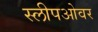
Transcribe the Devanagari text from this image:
स्लीपओवर